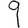
Digit: 9